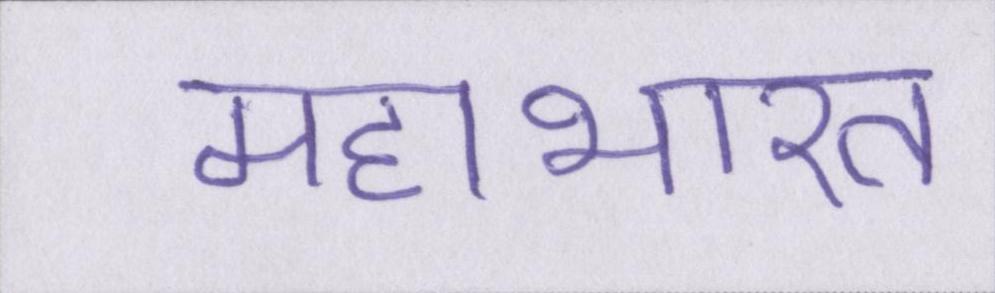
महाभारत